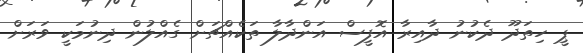
ޕީ ހިތަދޫ ދެކުނު ދާއިރާ އޮފީސް އަންދާލާ ތަކެއްޗަށް ގެއްލުން ދިނުމަކީ ވަރަށް